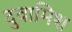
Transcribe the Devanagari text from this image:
दुवामिश